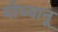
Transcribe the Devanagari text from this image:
मोघ्यानू